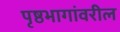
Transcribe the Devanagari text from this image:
पृष्ठभागांवरील